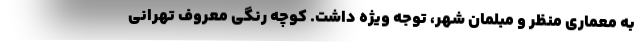
به معماری منظر و مبلمان شهر، توجه ویژه داشت. کوچه رنگی معروف تهرانی